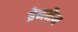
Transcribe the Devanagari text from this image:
ब्रेनमैन